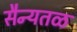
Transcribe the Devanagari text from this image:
सैन्यतळ